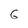
Character: 6